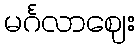
မင်္ဂလာဈေး